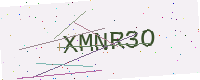
Text: XMNR3O